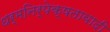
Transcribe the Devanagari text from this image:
धर्मनिर्पेक्षतावादी